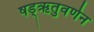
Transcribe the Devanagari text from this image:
षड्‌ऋतुवर्णन